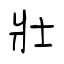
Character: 壯